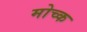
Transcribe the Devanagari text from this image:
मोच्क